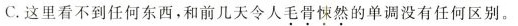
C.这里看不到任何东西，和前几天令人毛骨悚然的单调没有任何区别。